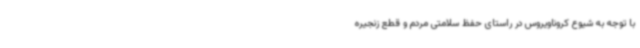
با توجه به شیوع کروناویروس در راستای حفظ سلامتی مردم و قطع زنجیره